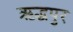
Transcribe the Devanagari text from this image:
ऋद्धपुर